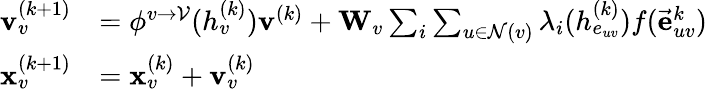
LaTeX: \begin{array}{rl}{\mathbf{v}_{v}^{(k+1)}}&{=\phi^{v\rightarrow\mathcal{V}}(h_{v}^{(k)})\mathbf{v}^{(k)}+\mathbf{W}_{v}\sum_{i}\sum_{u\in\mathcal{N}(v)}\lambda_{i}(h_{e_{uv}}^{(k)})f(\vec{\mathbf{e}}_{uv}^{k})}\\ {\mathbf{x}_{v}^{(k+1)}}&{=\mathbf{x}_{v}^{(k)}+\mathbf{v}_{v}^{(k)}}\end{array}